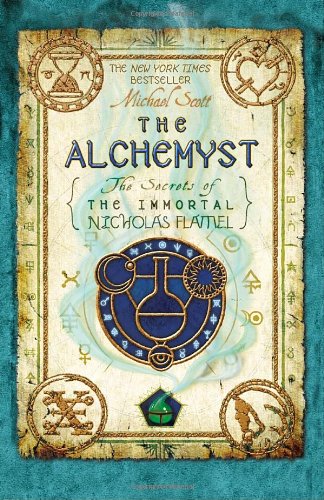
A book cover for The Alchemyst: The Secrets of the Immortal Nicholas Flamel; Michael Scott; Teen & Young Adult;